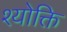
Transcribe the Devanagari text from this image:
श्योक्ति